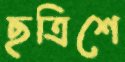
ছত্রিশে